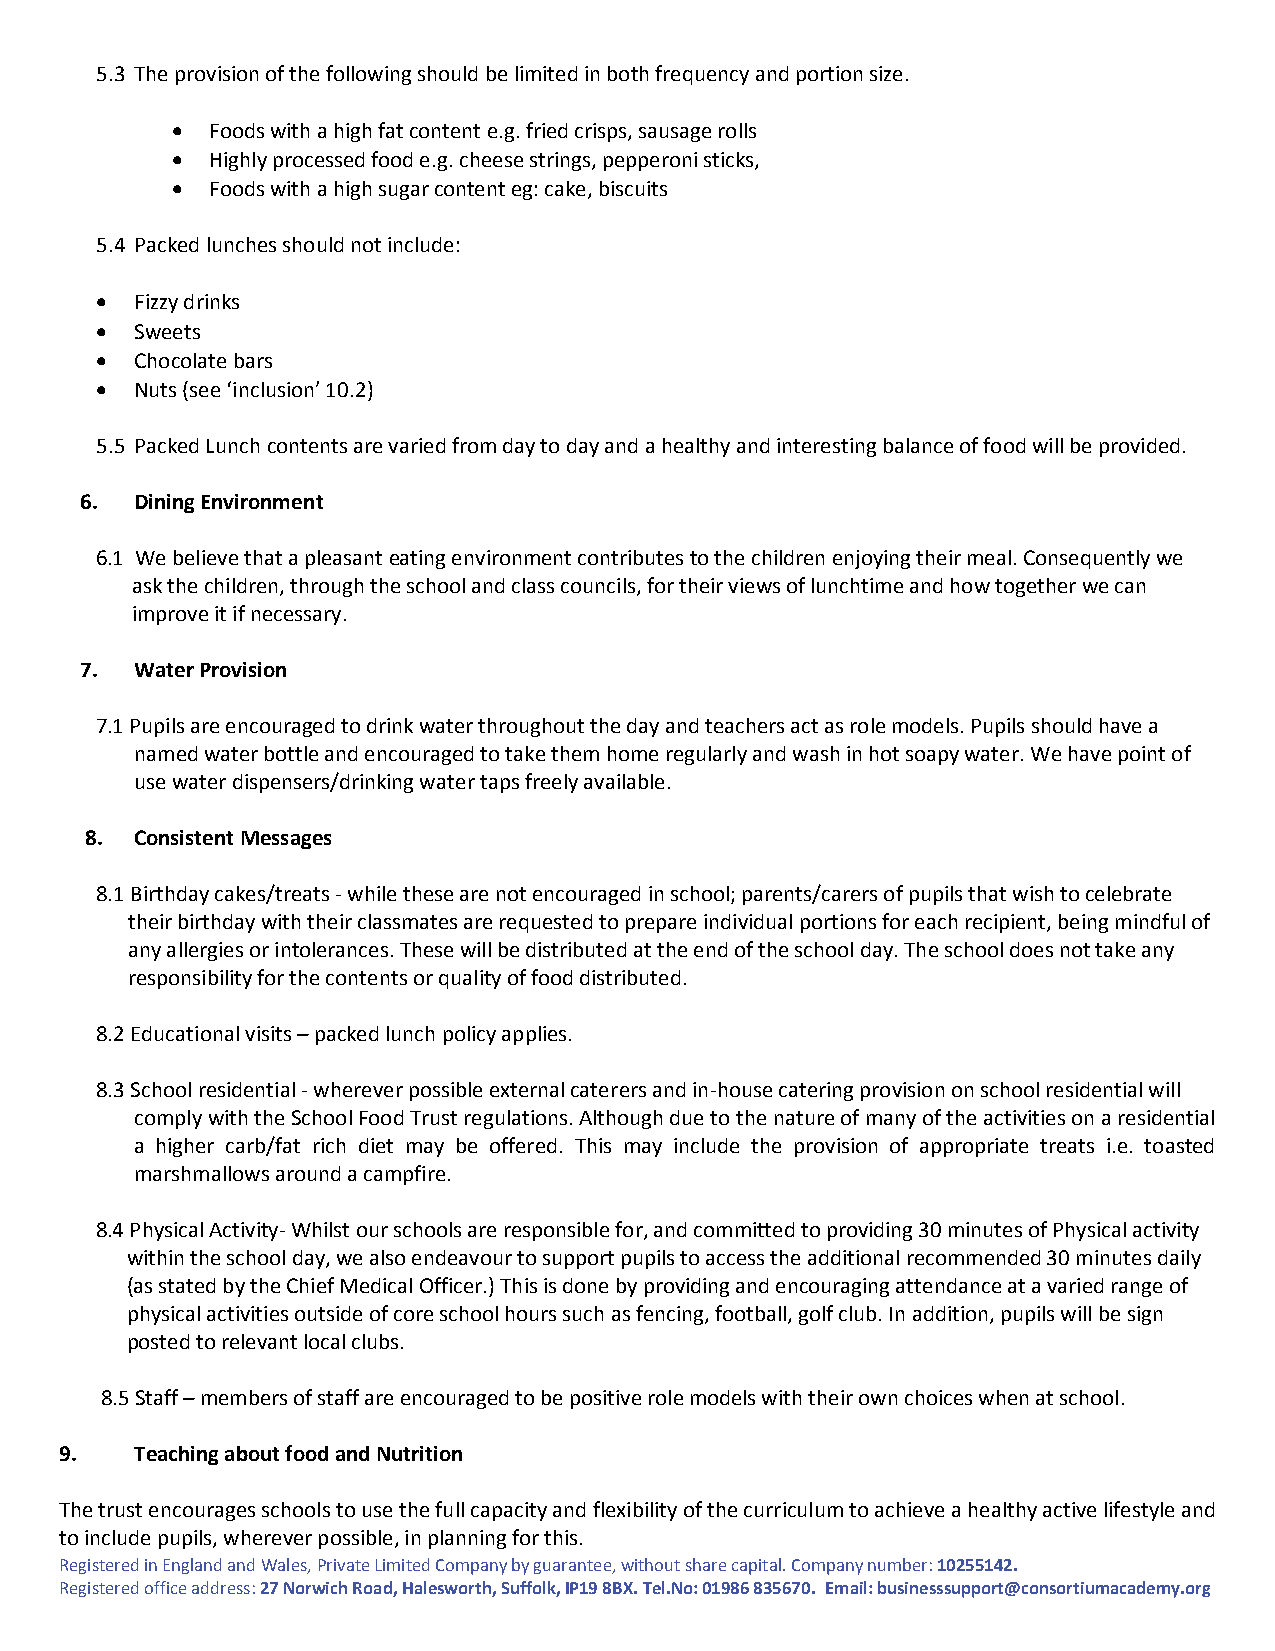
5.3 The provision of the following should be limited in both frequency and portion size.
   Foods with a high fat content e.g. fried crisps, sausage rolls
   Highly processed food e.g. cheese strings, pepperoni sticks,
   Foods with a high sugar content eg: cake, biscuits
 5.4 Packed lunches should not include:
   Fizzy drinks
   Sweets
   Chocolate bars
   Nuts (see ‘inclusion’ 10.2)
 5.5 Packed Lunch contents are varied from day to day and a healthy and interesting balance of food will be provided.
 6.  Dining Environment
 6.1 We believe that a pleasant eating environment contributes to the children enjoying their meal. Consequently we
 ask the children, through the school and class councils, for their views of lunchtime and how together we can
 improve it if necessary.
 7.  Water Provision
 7.1 Pupils are encouraged to drink water throughout the day and teachers act as role models. Pupils should have a
 named water bottle and encouraged to take them home regularly and wash in hot soapy water. We have point of
 use water dispensers/drinking water taps freely available.
 8. Consistent Messages
 8.1 Birthday cakes/treats - while these are not encouraged in school; parents/carers of pupils that wish to celebrate
 their birthday with their classmates are requested to prepare individual portions for each recipient, being mindful of
 any allergies or intolerances. These will be distributed at the end of the school day. The school does not take any
 responsibility for the contents or quality of food distributed.
 8.2 Educational visits – packed lunch policy applies.
 8.3 School residential - wherever possible external caterers and in-house catering provision on school residential will
 comply with the School Food Trust regulations. Although due to the nature of many of the activities on a residential
 a higher carb/fat rich diet may be offered. This may include the provision of appropriate treats i.e. toasted
 marshmallows around a campfire.
 8.4 Physical Activity- Whilst our schools are responsible for, and committed to providing 30 minutes of Physical activity
 within the school day, we also endeavour to support pupils to access the additional recommended 30 minutes daily
 (as stated by the Chief Medical Officer.) This is done by providing and encouraging attendance at a varied range of
 physical activities outside of core school hours such as fencing, football, golf club. In addition, pupils will be sign
 posted to relevant local clubs.
 8.5 Staff – members of staff are encouraged to be positive role models with their own choices when at school.
 9.   Teaching about food and Nutrition
 The trust encourages schools to use the full capacity and flexibility of the curriculum to achieve a healthy active lifestyle and
 to include pupils, wherever possible, in planning for this.
 Registered in England and Wales, Private Limited Company by guarantee, without share capital. Company number: 10255142.
 Registered office address: 27 Norwich Road, Halesworth, Suffolk, IP19 8BX. Tel.No: 01986 835670. Email: businesssupport@consortiumacademy.org